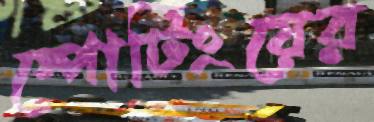
স্পোর্টিংয়ের